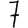
Digit: 7